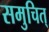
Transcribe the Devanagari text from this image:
समुचित्